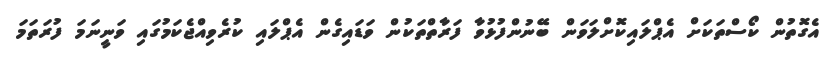
އެގޮތުން ކޯސްތަކަށް އެޕްލައިކޮށްލަވަން ބޭނުންފުޅުވާ ފަރާތްތަކުން ވަޑައިގެން އެޕްލައި ކުރެވިއްޖެކަމުގައި ވަނީނަމަ ފުރަތަމަ